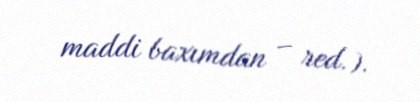
maddi baxımdan – red.).